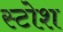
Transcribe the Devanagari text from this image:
स्टोश